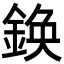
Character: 𨩉